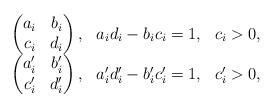
LaTeX: \begin{align*}\begin{array}{lll}\begin{pmatrix}a_i&b_i\\c_i&d_i\end{pmatrix},&a_i d_i-b_i c_i=1,&c_i>0,\\\begin{pmatrix}a'_i&b'_i\\c'_i&d'_i\end{pmatrix},&a'_i d'_i-b'_i c'_i=1,&c'_i>0,\end{array}\end{align*}